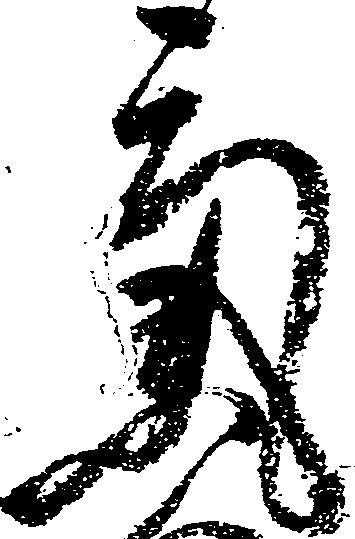
気